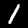
Label: 1